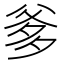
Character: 爹